Report on vaccination in the Province of Bengal - 1869-1873
Year: 1869
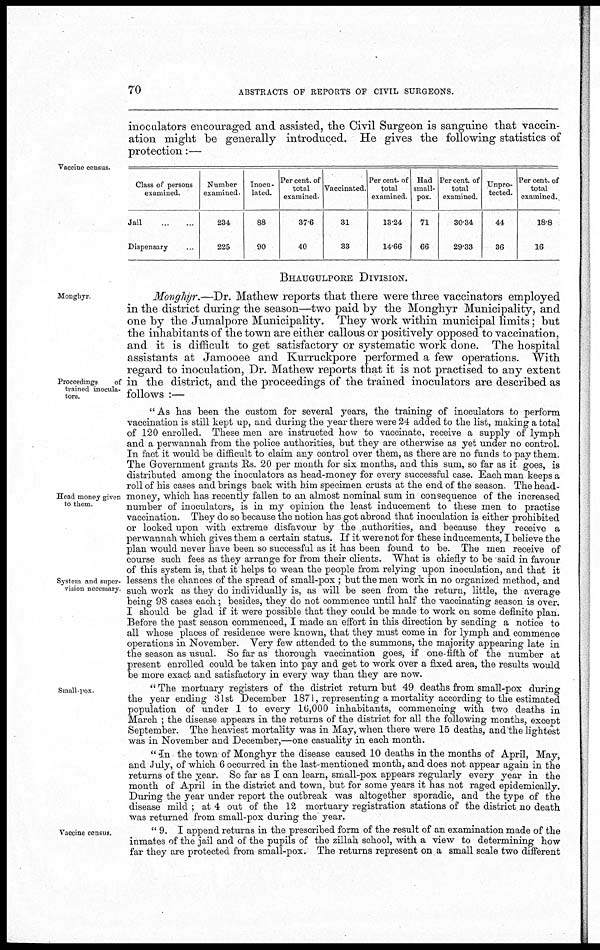
70
ABSTRACTS OF REPORTS OF CIVIL SURGEONS.
inoculators encouraged and assisted, the Civil Surgeon is sanguine that vaccin-
ation might be generally introduced. He gives the following statistics of
protection:—
Vaccine census.
Class of persons
examined.
Jail
...
...
Dispensary ...
Number
examined.
234
225
Inocu-
lated.
88
90
Per cent. of
total
examined.
37.6
40
Vaccinated.
31
33
Per cent. of
total
examined.
13.24
14.66
Had
small-
pox.
71
66
Percent. of
total
examined.
30.34
29.33
Unpro-
tected.
44
36
Per cent. of
total
examined.
18.8
16
BHAUGULPORE DIVISION.
Monghyr
Proceedings
of
trained inocula-
tors.
Monghyr.—Dr. Mathew reports that there were three vaccinators employed
in the district during the season—two paid by the Monghyr Municipality, and
one by the Jumalpore Municipality. They work within municipal limits; but
the inhabitants of the town are either callous or positively opposed to vaccination,
and it is difficult to get satisfactory or systematic work done. The hospital
assistants at Jamooee and Kurruckpore performed a few operations. With
regard to inoculation, Dr. Mathew reports that it is not practised to any extent
in the district, and the proceedings of the trained inoculators are described as
follows :—
Head money given
to them.
System and super-
vision necessary.
"As has been the custom for several years, the training of inoculators to perform
vaccination is still kept up, and during the year there were 24 added to the list, making a total
of 120 enrolled. These men are instructed how to vaccinate, receive a supply of lymph
and a perwannah from the police authorities, but they are otherwise as yet under no control.
In fact it would be difficult to claim any control over them, as there are no funds to pay them.
The Government grants Rs. 20 per month for six months, and this sum, so far as it goes, is
distributed among the inoculators as head-money for every successful case. Each man keeps a
roll of his cases and brings back with bim specimen crusts at the end of the season The head-
money, which has recently fallen to an almost nominal sum in consequence of the increased
number of inoculators, is in my opinion the least inducement to these men to practise
vaccination. They do so because the notion has got abroad that inoculation is either prohibited
or looked upon with extreme disfavour by the authorities, and because they receive a
perwannah which gives them a certain status. If it were not for these inducements, I believe the
plan would never have been so successful as it has been found to be. The men receive of
course such fees as they arrange for from their clients. What is chiefly to be said in favour
of this system is, that it helps to wean the people from relying upon inoculation, and that it
lessens the chances of the spread of small-pox ; but the men work in no organized method, and
such work as they do individually is, as will be seen from the return, little, the average
being 98 cases each; besides, they do not commence until half the vaccinating season is over.
I should be glad if it were possible that they could be made to work on some definite plan.
Before the past season commenced, I made an effort in this direction by sending a notice to
all whose places of residence were known, that they must come in for lymph and commence
operations in November. Very few attended to the summons, the majority appearing late in
the season as usual. So far as thorough vaccination goes, if one-fifth of the number at
present enrolled could be taken into pay and get to work over a fixed area, the results would
be more exact and satisfactory in every way than they are now.
Small-pox
" The mortuary registers of the district return but 49 deaths from small-pox during
the year ending 31st December 1871, representing a mortality according to the estimated
population of under 1 to every 16,000 inhabitants, commencing with two deaths in
March ; the disease appears in the returns of the district for all the following months, except
September. The heaviest mortality was in May, when there were 15 deaths, and the lightest
was in November and December,—one casuality in each month.
" In the town of Monghyr the disease caused 10 deaths in the months of April, May,
and July, of which 6 occurred in the last-mentioned month, and does not appear again in the
returns of the year. So far as I can learn, small-pox appears regularly every year in the
month of April in the district and town, but for some years it has not raged epidemically.
During the year under report the outbreak was altogether sporadic, and the type of the
disease mild ; at 4 out of the 12 mortuary registration stations of the district no death
was returned from small-pox during the year.
Vaccine census.
" 9. I append returns in the prescribed form of the result of an examination made of the
inmates of the jail and of the pupils of the zillah school, with a view to determining how
far they are protected from small-pox. The returns represent on a small scale two different